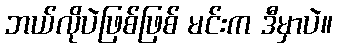
ဘယ်လိုပဲဖြစ်ဖြစ် မင်းက ဒီမှာပဲ။